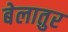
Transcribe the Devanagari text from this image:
बेलातुर